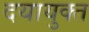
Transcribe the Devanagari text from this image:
दयायुक्त